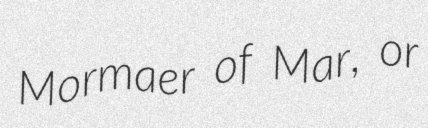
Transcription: Mormaer of Mar, or